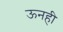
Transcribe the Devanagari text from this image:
ऊनही